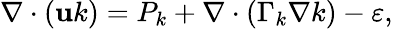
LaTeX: \nabla\cdot\left(\mathbf{u}k\right)=P_{k}+\nabla\cdot\left(\Gamma_{k}\nabla k\right)-\varepsilon,